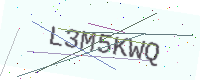
Text: L3M5KWQ